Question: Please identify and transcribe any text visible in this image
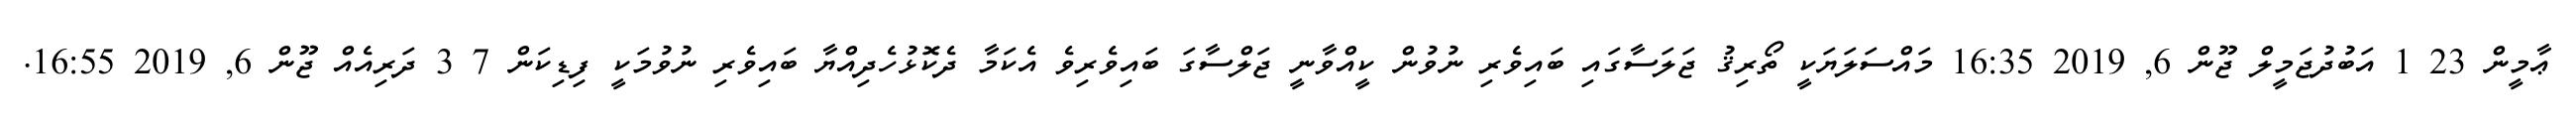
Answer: ޢާމީން 23 1 އަބުދުޖަމީލް ޖޫން 6, 2019 16:35 މައްސަލަޔަކީ ތޯރިޤު ޖަލަސާގައި ބައިވެރި ނުވުން ކީއްވާނީ ޖަލްސާގަ ބައިވެރިވެ އެކަމާ ދެކޮޅުހެދިއްޔާ ބައިވެރި ނުވުމަކީ ފިޑިކަން 7 3 ދަރިއެއް ޖޫން 6, 2019 16:55.